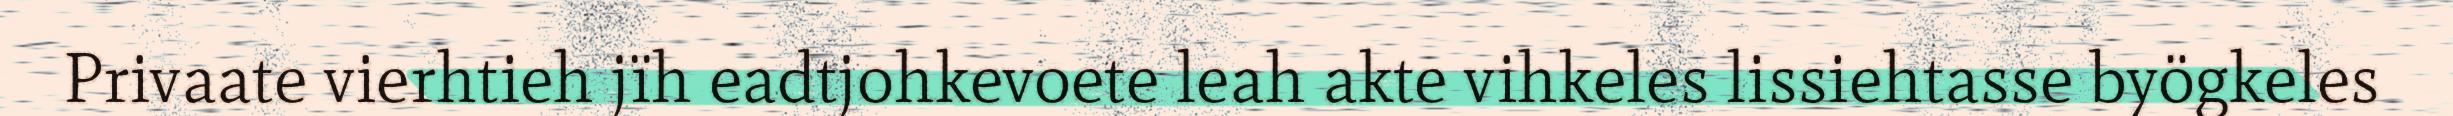
Privaate vierhtieh jïh eadtjohkevoete leah akte vihkeles lissiehtasse byögkeles